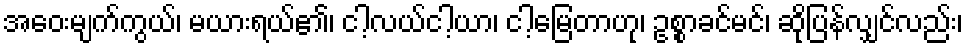
အဝေးမျက်ကွယ်၊ မယားရယ်၏၊ ငါ့လယ်ငါ့ယာ၊ ငါ့မြေတာဟု၊ ဥစ္စာခင်မင်၊ ဆိုပြန်လျှင်လည်း၊